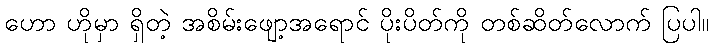
ဟော ဟိုမှာ ရှိတဲ့ အစိမ်းဖျော့အရောင် ပိုးပိတ်ကို တစ်ဆိတ်လောက် ပြပါ။